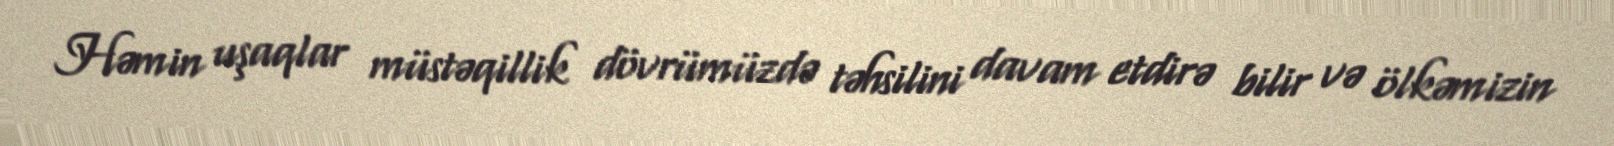
Həmin uşaqlar müstəqillik dövrümüzdə təhsilini davam etdirə bilir və ölkəmizin